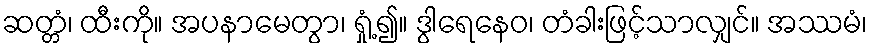
ဆတ္တံ၊ ထီးကို။ အပနာမေတွာ၊ ရှုံ့၍။ ဒွါရေနေဝ၊ တံခါးဖြင့်သာလျှင်။ အဿမံ၊